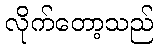
လိုက်တော့သည်